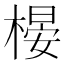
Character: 𣗤